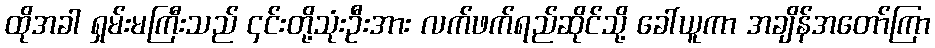
ထိုအခါ ရှမ်းမကြီးသည် ၄င်းတို့သုံးဦးအား လက်ဖက်ရည်ဆိုင်သို့ ခေါ်ယူကာ အချိန်အတော်ကြာ